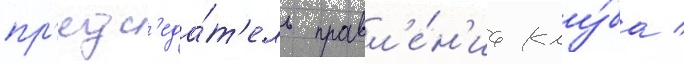
пр'едс'еда́т'ель правл'е́н'иа клу́ба /